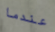
عندما